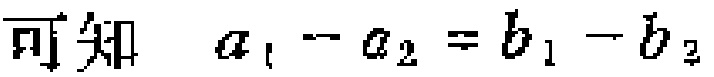
可知 \(a_{1}-a_{2}=b_{1}-b_{2}\)